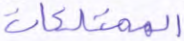
الممتلكات